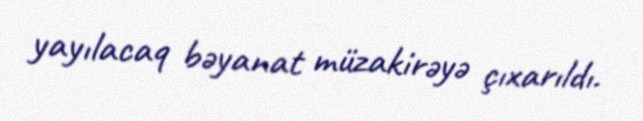
yayılacaq bəyanat müzakirəyə çıxarıldı.